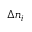
\Delta n _ { i }